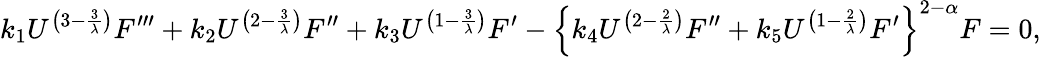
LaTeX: k_{1}U^{\left(3-\frac{3}{\lambda}\right)}F^{\prime\prime\prime}+k_{2}U^{\left(2-\frac{3}{\lambda}\right)}F^{\prime\prime}+k_{3}U^{\left(1-\frac{3}{\lambda}\right)}F^{\prime}-\left\{ k_{4}U^{\left(2-\frac{2}{\lambda}\right)}F^{\prime\prime}+k_{5}U^{\left(1-\frac{2}{\lambda}\right)}F^{\prime}\right\} ^{2-\alpha}F=0,